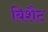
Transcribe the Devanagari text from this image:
बिशैट